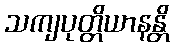
သကျပုတ္တိယာနန္တိ